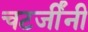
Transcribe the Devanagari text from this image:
चटर्जींनी